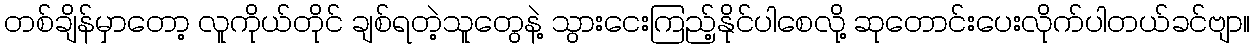
တစ်ချိန်မှာတော့ လူကိုယ်တိုင် ချစ်ရတဲ့သူတွေနဲ့ သွားငေးကြည့်နိုင်ပါစေလို့ ဆုတောင်းပေးလိုက်ပါတယ်ခင်ဗျာ။